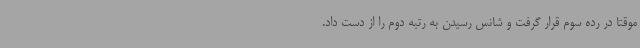
موقتا در رده سوم قرار گرفت و شانس رسیدن به رتبه دوم را از دست داد.